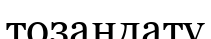
тозандату